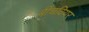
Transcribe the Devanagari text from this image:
बीचवियर